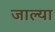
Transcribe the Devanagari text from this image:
जाल्या